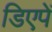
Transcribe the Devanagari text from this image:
डिएपें